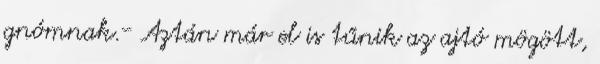
gnómnak.- Aztán már el is tűnik az ajtó mögött,